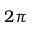
2 \pi